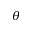
\theta